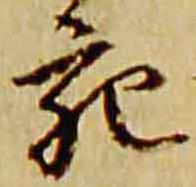
宛